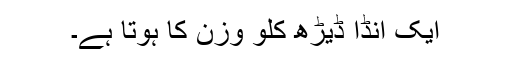
ایک انڈا ڈیڑھ کلو وزن کا ہوتا ہے۔